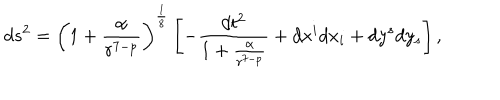
d s ^ { 2 } = \left( 1 + \frac { \alpha } { r ^ { 7 - p } } \right) ^ { \frac { 1 } { 8 } } \left[ - \frac { d t ^ { 2 } } { 1 + \frac { \alpha } { r ^ { 7 - p } } } + d x ^ { i } d x _ { i } + d y ^ { s } d y _ { s } \right] ,